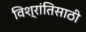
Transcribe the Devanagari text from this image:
विश्रांतिसाठी